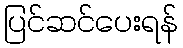
ပြင်ဆင်ပေးရန်